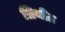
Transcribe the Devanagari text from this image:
तिथीत